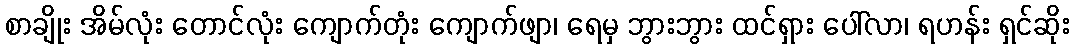
စာချိုး အိမ်လုံး တောင်လုံး ကျောက်တုံး ကျောက်ဖျာ၊ ရေမှ ဘွားဘွား ထင်ရှား ပေါ်လာ၊ ရဟန်း ရှင်ဆိုး